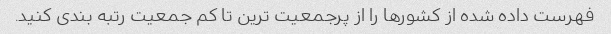
فهرست داده شده از کشورها را از پرجمعیت ترین تا کم جمعیت رتبه بندی کنید.